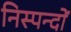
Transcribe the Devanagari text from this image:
निस्पन्दों